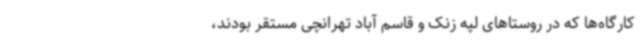
کارگاه‌ها که در روستاهای لپه زنک و قاسم آباد تهرانچی مستقر بودند،